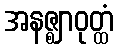
အနဇ္ဈာဝုတ္ထံ